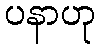
ပနာဟု